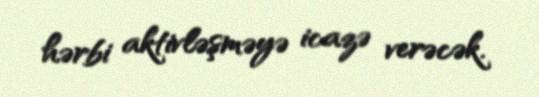
hərbi aktivləşməyə icazə verəcək.